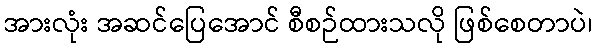
အားလုံး အဆင်ပြေအောင် စီစဉ်ထားသလို ဖြစ်စေတာပဲ၊